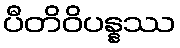
ပီတိဝိပန္နဿ